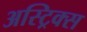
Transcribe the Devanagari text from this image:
अस्ट्रिक्स